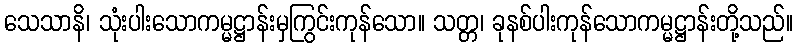
သေသာနိ၊ သုံးပါးသောကမ္မဋ္ဌာန်းမှကြွင်းကုန်သော။ သတ္တ၊ ခုနစ်ပါးကုန်သောကမ္မဋ္ဌာန်းတို့သည်။